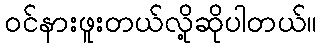
ဝင်နားဖူးတယ်လို့ဆိုပါတယ်။